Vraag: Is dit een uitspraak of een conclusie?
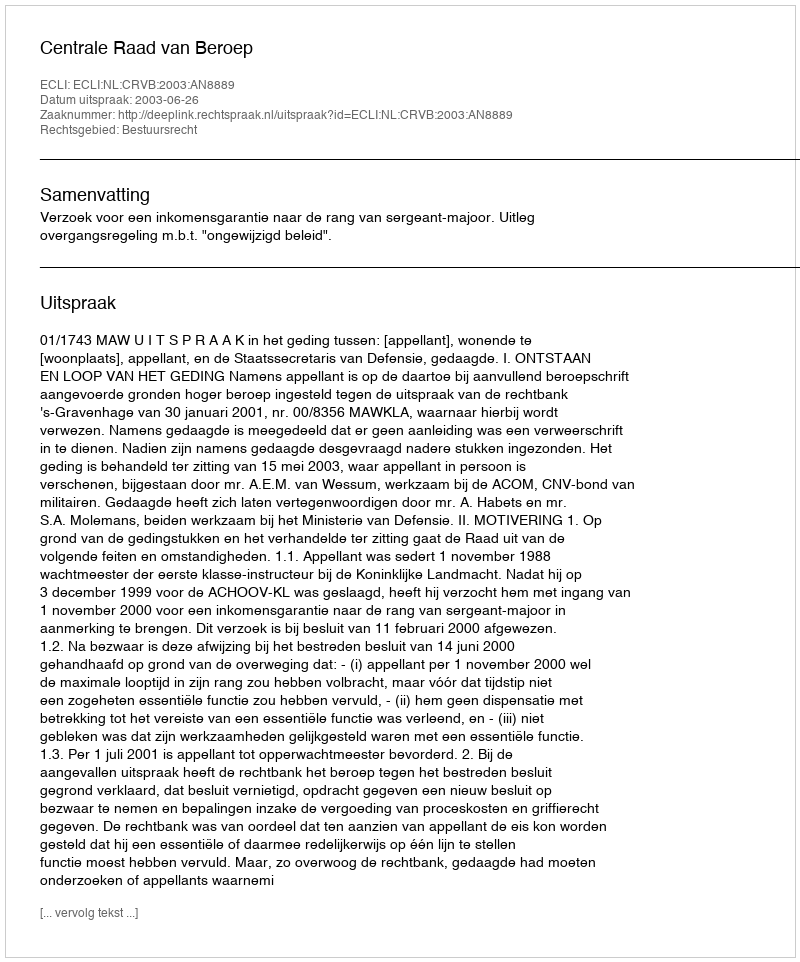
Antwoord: Uitspraak